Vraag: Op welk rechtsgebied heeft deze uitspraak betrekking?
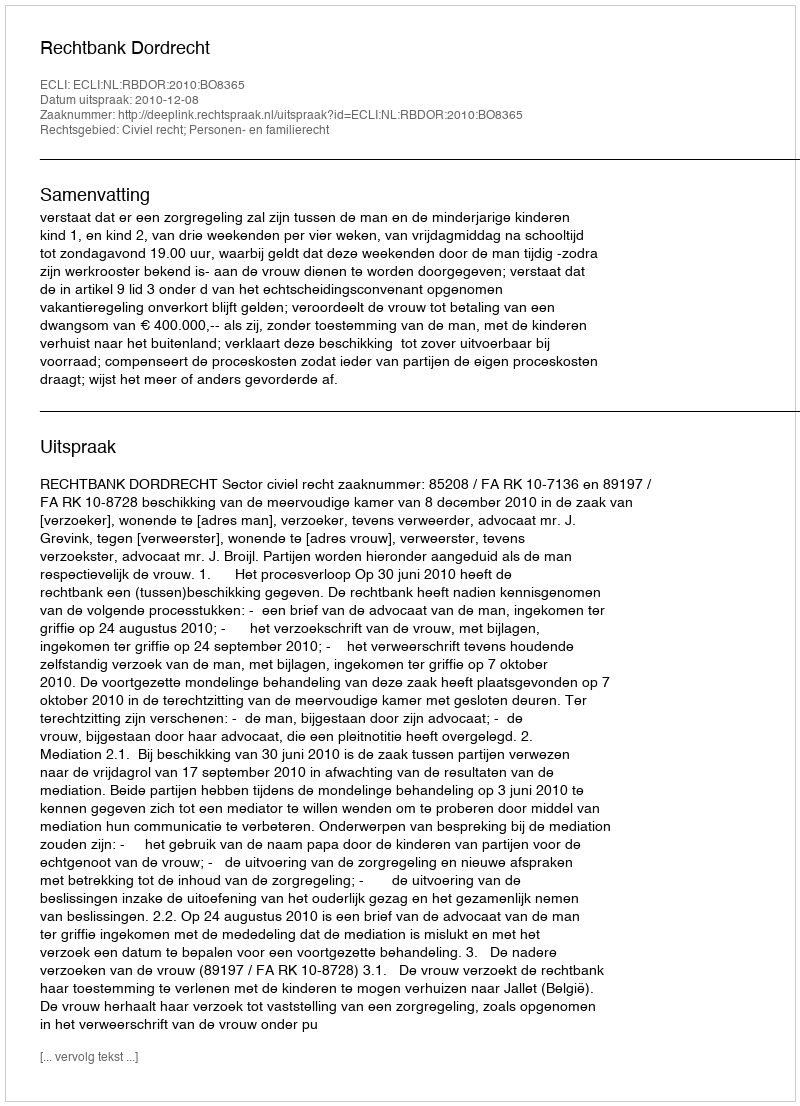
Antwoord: Civiel recht; Personen- en familierecht